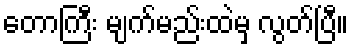
တောကြီး မျက်မည်းထဲမှ လွတ်ပြီ။